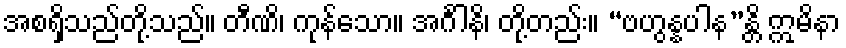
အစရှိသည်တို့သည်။ တီဏိ၊ ကုန်သော။ အင်္ဂါနိ၊ တို့တည်း။ “ဗဟွန္နပါန”န္တိ ဣမိနာ